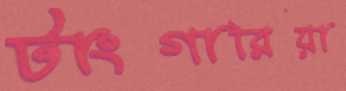
টাংগারিয়া